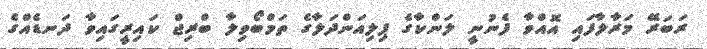
ރަބަރޭ މަރާލާފައި އޮއްވާ ފެނުނީ ލަންކާގެ ޕިލިއަންދަލާގެ ތަމްބޯވިލާ ބްރިޖް ކައިރީގައިވާ ދަނޑެއްގެ